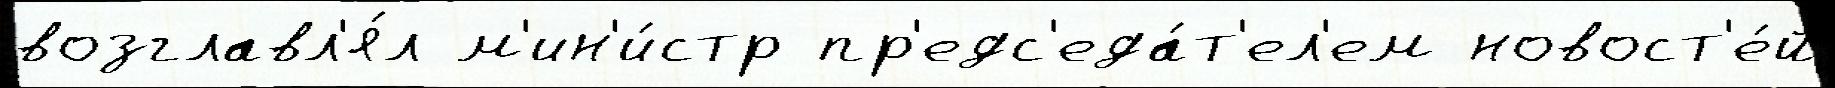
возглавл'я́л м'ин'и́стр пр'едс'еда́т'ел'ем новост'е́й